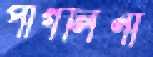
পাগলিনী